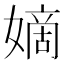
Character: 嫡